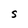
Character: S